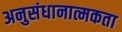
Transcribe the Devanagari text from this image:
अनुसंधानात्मकता